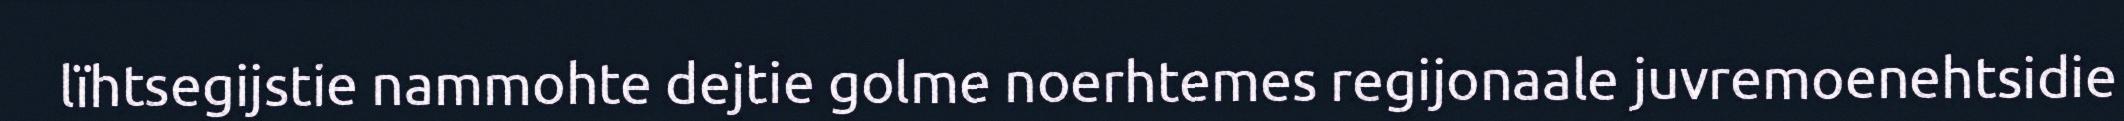
lïhtsegijstie nammohte dejtie golme noerhtemes regijonaale juvremoenehtsidie